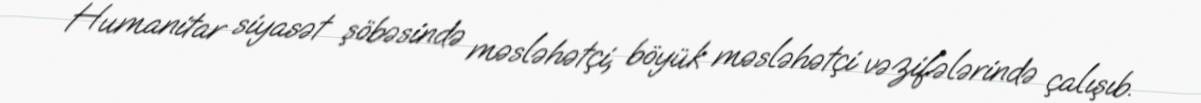
Humanitar siyasət şöbəsində məsləhətçi, böyük məsləhətçi vəzifələrində çalışıb.